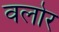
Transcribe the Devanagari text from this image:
वलोर